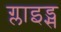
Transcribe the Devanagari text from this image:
ग्लाइड्स